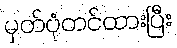
မှတ်ပုံတင်ထားပြီး